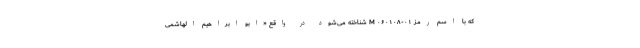
که با اسم رمز M ۰۶۰۱۰۸-۰۱ شناخته می‌شود در واقع «ابو ابراهیم الهاشمی